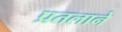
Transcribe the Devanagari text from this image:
प्रतलाने